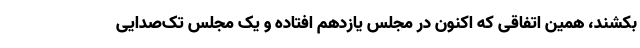
بکشند، همین اتفاقی که اکنون در مجلس یازدهم افتاده و یک مجلس تک‌صدایی